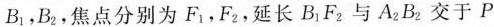
B_{1}，B_{2}，焦点分别为F_{1}，F_{2}，延长B_{1}F_{2}与A_{2}B_{2}交于P